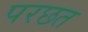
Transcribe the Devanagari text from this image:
परछत